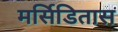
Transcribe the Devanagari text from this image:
मर्सिडितास